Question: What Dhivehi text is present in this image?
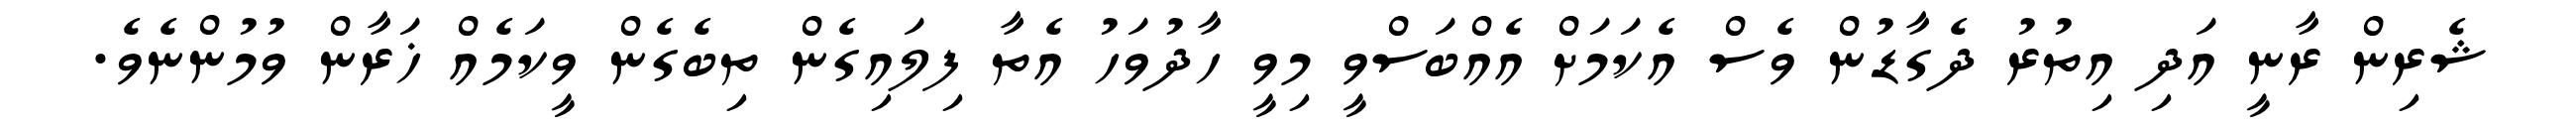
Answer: ޝެރިން ރާނީ އަދި އިތުރު ދެގާޑުން ވެސް އެކަމަށް އެއްބަސްވީ މިވީ ހާދުވަހު އެތާ ފިލައިގެން ތިބެގެން ވީކަމެއް ޚަރާން ވުމުންނެވެ.